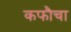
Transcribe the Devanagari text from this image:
कफौचा